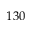
1 3 0